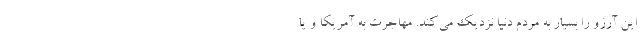
این آرزو را بسیار به مردم دنیا نزدیک می‌کند. مهاجرت به آمریکا و یا